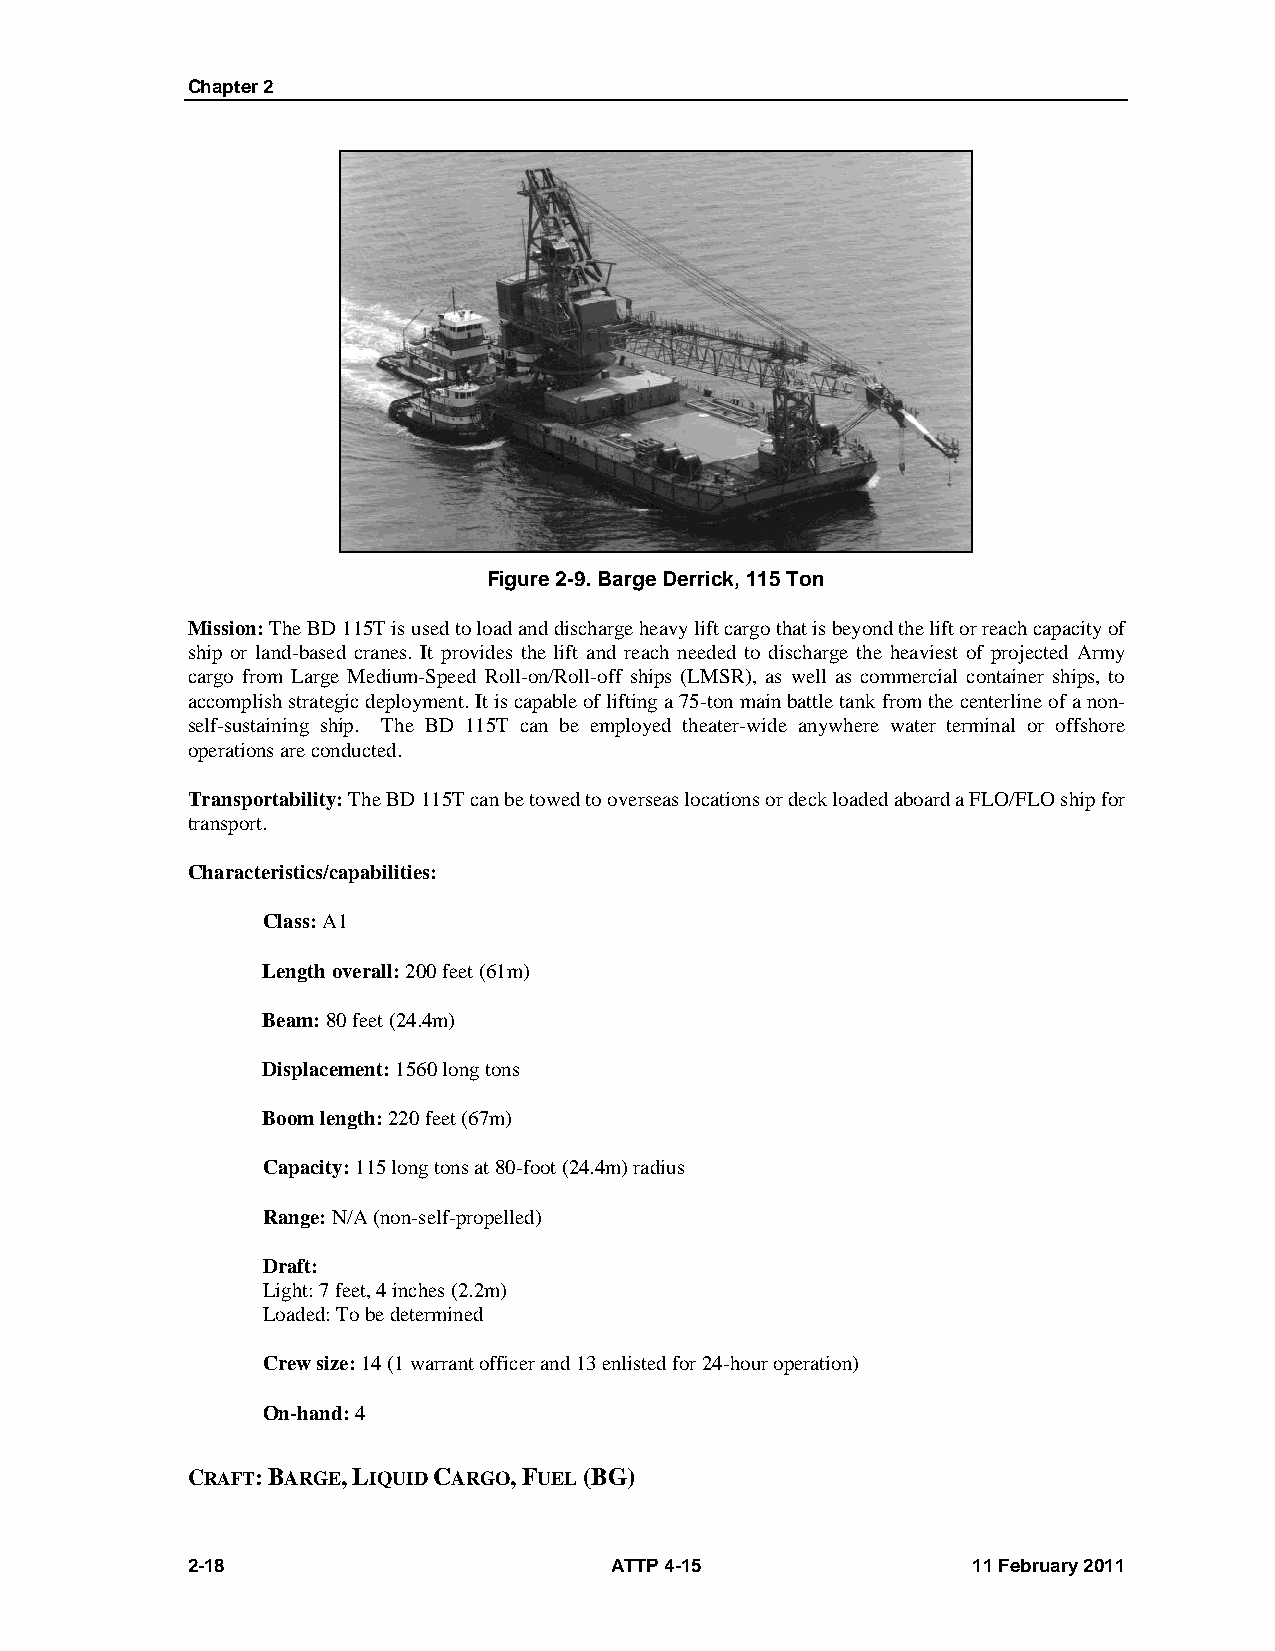
Chapter 2
 Figure 2-9. Barge Derrick, 115 Ton
 Mission: The BD 115T is used to load and discharge heavy lift cargo that is beyond the lift or reach capacity of
 ship or land-based cranes. It provides the lift and reach needed to discharge the heaviest of projected Army
 cargo from Large Medium-Speed Roll-on/Roll-off ships (LMSR), as well as commercial container ships, to
 accomplish strategic deployment. It is capable of lifting a 75-ton main battle tank from the centerline of a non-
 self-sustaining ship. The BD 115T can be employed theater-wide anywhere water terminal or offshore
 operations are conducted.
 Transportability: The BD 115T can be towed to overseas locations or deck loaded aboard a FLO/FLO ship for
 transport.
 Characteristics/capabilities:
 Class: A1
 Length overall: 200 feet (61m)
 Beam: 80 feet (24.4m)
 Displacement: 1560 long tons
 Boom length: 220 feet (67m)
 Capacity: 115 long tons at 80-foot (24.4m) radius
 Range: N/A (non-self-propelled)
 Draft:
 Light: 7 feet, 4 inches (2.2m)
 Loaded: To be determined
 Crew size: 14 (1 warrant officer and 13 enlisted for 24-hour operation)
 On-hand: 4
 CRAFT: BARGE, LIQUID CARGO, FUEL (BG)
 2-18                        ATTP 4-15               11 February 2011